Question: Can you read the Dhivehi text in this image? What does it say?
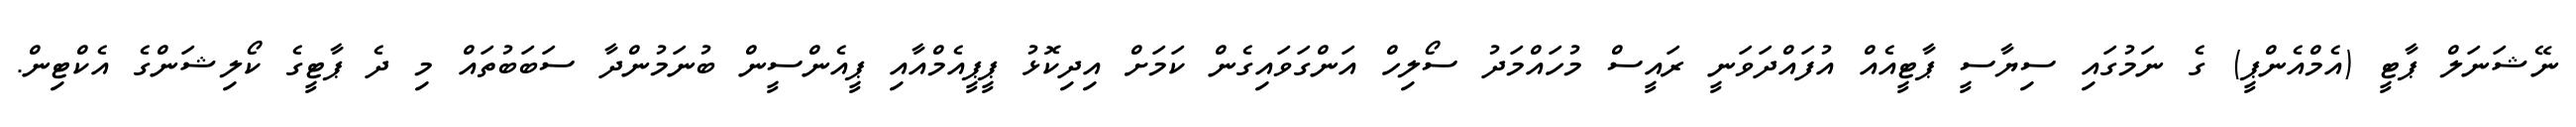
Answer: ނޭޝަނަލް ޕާޓީ (އެމްއެންޕީ) ގެ ނަމުގައި ސިޔާސީ ޕާޓީއެއް އުފައްދަވަނީ ރައީސް މުހައްމަދު ސޯލިހް އަންގަވައިގެން ކަމަށް އިދިކޮޅު ޕީޕީއެމްއާއި ޕީއެންސީން ބުނަމުންދާ ސަބަބުތައް މި ދެ ޕާޓީގެ ކޯލިޝަންގެ އެކްޓިން.